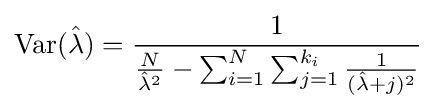
\operatorname {Var} ({\hat {\lambda }})={\frac {1}{{\frac {N}{{\hat {\lambda }}^{2}}}-\sum _{i=1}^{N}\sum _{j=1}^{k_{i}}{\frac {1}{({\hat {\lambda }}+j)^{2}}}}}